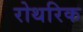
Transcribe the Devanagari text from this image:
रोथरिक